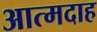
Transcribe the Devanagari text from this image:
आत्‍मदाह